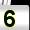
Digit: 5